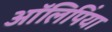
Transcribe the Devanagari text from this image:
आॅलिपिंया